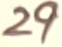
Text: 29